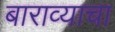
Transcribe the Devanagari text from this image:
बाराव्याचा